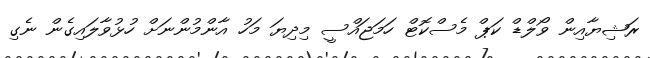
ރަޝިޔާއިން ވޯލްޑް ކަޕް މެސްކޮޓް ހަމަޖައްސީ މިދިޔަ މަހު އާންމުންނަށް ހުޅުވާލައިގެން ނެގި